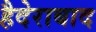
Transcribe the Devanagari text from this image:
हैदेराबाद